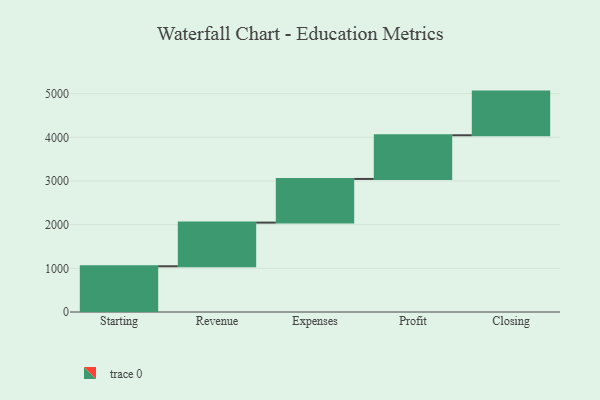
{"axis": {"x": "Step", "y": "Value"}, "legend": [""], "data": [{"x": "Starting", "y": 1047.0, "type": ""}, {"x": "Revenue", "y": 1000, "type": ""}, {"x": "Expenses", "y": 1000, "type": ""}, {"x": "Profit", "y": 1000, "type": ""}, {"x": "Closing", "y": 1000, "type": ""}]}